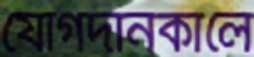
যোগদানকালে